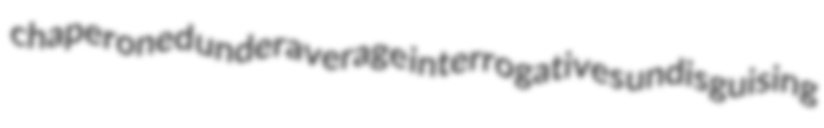
chaperoned underaverage interrogatives undisguising